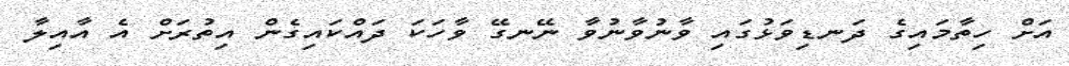
އަށް ހިތާމައިގެ ދަނޑިވަޅުގައި ވާނުވާނުވާ ނޭނގޭ ވާހަކަ ދައްކައިގެން އިތުރަށް އެ އާއިލާ